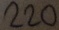
Text: 220